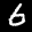
Label: 6